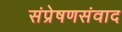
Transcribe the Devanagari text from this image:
संप्रेषणसंवाद